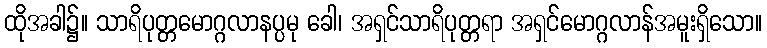
ထိုအခါ၌။ သာရိပုတ္တမောဂ္ဂလာနပ္ပမု ခေါ၊ အရှင်သာရိပုတ္တရာ အရှင်မောဂ္ဂလာန်အမူးရှိသော။